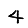
Digit: 4